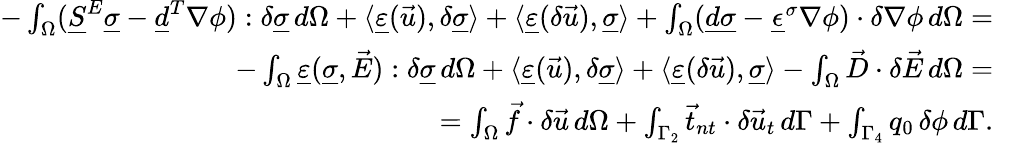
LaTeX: \begin{array}{rl}{-\int_{\Omega}(\underline{{S}}^{E}\underline{{\sigma}}-\underline{{d}}^{T}\nabla\phi):\delta\underline{{\sigma}}\, d\Omega+\langle\underline{{\varepsilon}}(\vec{u}),\delta\underline{{\sigma}}\rangle+\langle\underline{{\varepsilon}}(\delta\vec{u}),\underline{{\sigma}}\rangle+\int_{\Omega}(\underline{{d}}\underline{{\sigma}}-\underline{{\epsilon}}^{\sigma}\nabla\phi)\cdot\delta\nabla\phi\, d\Omega=}&{}\\ {-\int_{\Omega}\underline{{\varepsilon}}(\underline{{\sigma}},\vec{E}):\delta\underline{{\sigma}}\, d\Omega+\langle\underline{{\varepsilon}}(\vec{u}),\delta\underline{{\sigma}}\rangle+\langle\underline{{\varepsilon}}(\delta\vec{u}),\underline{{\sigma}}\rangle-\int_{\Omega}\vec{D}\cdot\delta\vec{E}\, d\Omega=}&{}\\ {=\int_{\Omega}\vec{f}\cdot\delta\vec{u}\, d\Omega+\int_{\Gamma_{2}}\vec{t}_{nt}\cdot\delta\vec{u}_{t}\, d\Gamma+\int_{\Gamma_{4}}q_{0}\, \delta\phi\, d\Gamma.}\end{array}